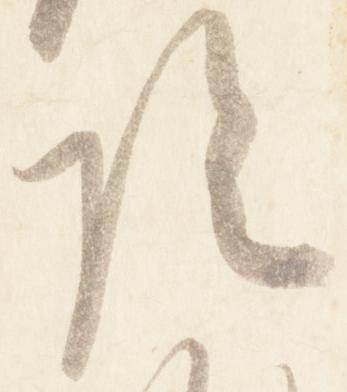
陰